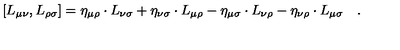
\left[ L _ { \mu \nu } , L _ { \rho \sigma } \right] = \eta _ { \mu \rho } \cdot L _ { \nu \sigma } + \eta _ { \nu \sigma } \cdot L _ { \mu \rho } - \eta _ { \mu \sigma } \cdot L _ { \nu \rho } - \eta _ { \nu \rho } \cdot L _ { \mu \sigma } \quad .